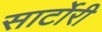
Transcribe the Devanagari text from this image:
सार्टोरी